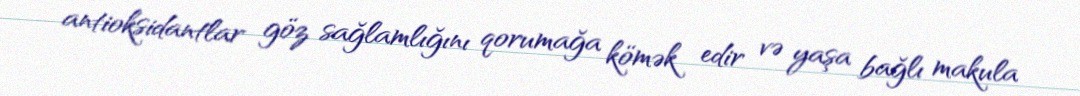
antioksidantlar göz sağlamlığını qorumağa kömək edir və yaşa bağlı makula